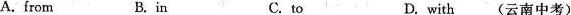
A.from B.in C.to D.with (云南中考)